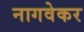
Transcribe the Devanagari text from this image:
नागवेकर